Civil Veterinary Dept. Assam report 1911-1927 - 1911-1927
Year: 1911
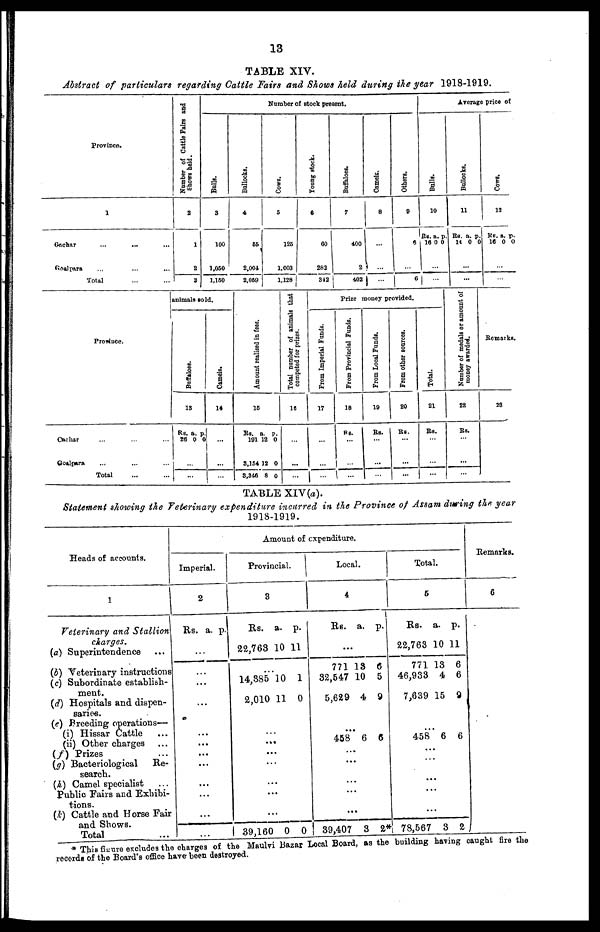
13
TABLE XIV.
Abstract of particulars regarding Cattle Fairs and Shows held during the year 1918-1919.
Province
1
Cachar ... ... ...
Goalpara ... ... ...
Total ... ...
Number of Cattle Pairs and
Shows held.
2
1
2
3
Number of stock present.
Bulls.
3
100
1,050
1,150
Bollocks.
4
65
2,004
2,059
Cows.
5
125
1.003
1,128
Young stock.
6
60
282
342
Buffaloes.
7
400
2
402
Camels.
8
...
...
...
Others.
9
6
...
6
Average price of
Bulls.
10
Rs.
16
a.
0
p.
0
...
...
Bullocks.
11
Rs.
14
a.
0
p.
0
...
...
Cows .
12
RS.
16
a.
0
p.
0
...
Province.
Cachar ... ... ...
Golapara ... ... ...
Total ... ...
animals sold.
Buf f
al oes .
13
Rs.
26
...
...
a.
0
p.
0
Camels.
14
...
...
...
Amo u n t r eal i s ed in fees.
15
Rs.
191
3,154
3,346
a.
12
12
8
p.
0
0
0
Total number of animals that
competed for prizes.
16
...
...
...
Prize money provided.
Prom Imperial Funds.
17
...
...
...
From Provincial Funds.
18
Rs.
...
...
...
From Local Funds.
19
Rs.
...
...
...
From
other sources.
20
Rs.
...
...
...
Total.
21
Rs.
...
...
...
Number of medals or amount of
money awarded.
22
Rs.
...
...
...
Remarks.
23
TABLE XIV(a).
Statement showing the Veterinary expenditure incurred in the Province of Assam during the. year
1918-1919.
Heads of accounts.
1
Veterinary and Stallion
charges.
(a) Superintendence
(b) Veterinary instructions
(c) Subordinate establish-
ment.
(d) Hospitals and dispen-
saries.
(e) Breeding operations—
(i) Hissar Cattle ...
(ii) Other charges
(f) Prizes ...
(g) Bacteriological
Re-
search.
(h) Camel specialist ...
Public Pairs and Exhibi-
tions.
(k) Cattle and Horse Pair
and Shows.
Total
Amount of expenditure.
Imperial.
2
Rs. a. p.
…
…
…
...
…
... ...
...
...
...
...
Provincial.
3
Rs.
22,763
…
14,385
2,010
…
...
..
..
..
..
.
39,160
a.
10
10
11
.
.
.
.
..
0
p.
11
1
0
0
Local.
4
Rs.
...
771
82,547
5,629
…
458 ..
..
...
..
..
39,407
a.
18
10
4
6
.
.
.
.
3
p.
6
5
9
6
2
Total.
5
Rs.
22,763
771
46,933
7,639
…
458
. .
...
..
...
...
78,567
a.
10
13
4
15
6
.
.
3
p.
11
6
6
9
6
2
Remarks.
6
This figure excludes the charges of the Maulvi Bazar Local Board, as the building having
fire
the.
records of the Board's office have been destroyed.